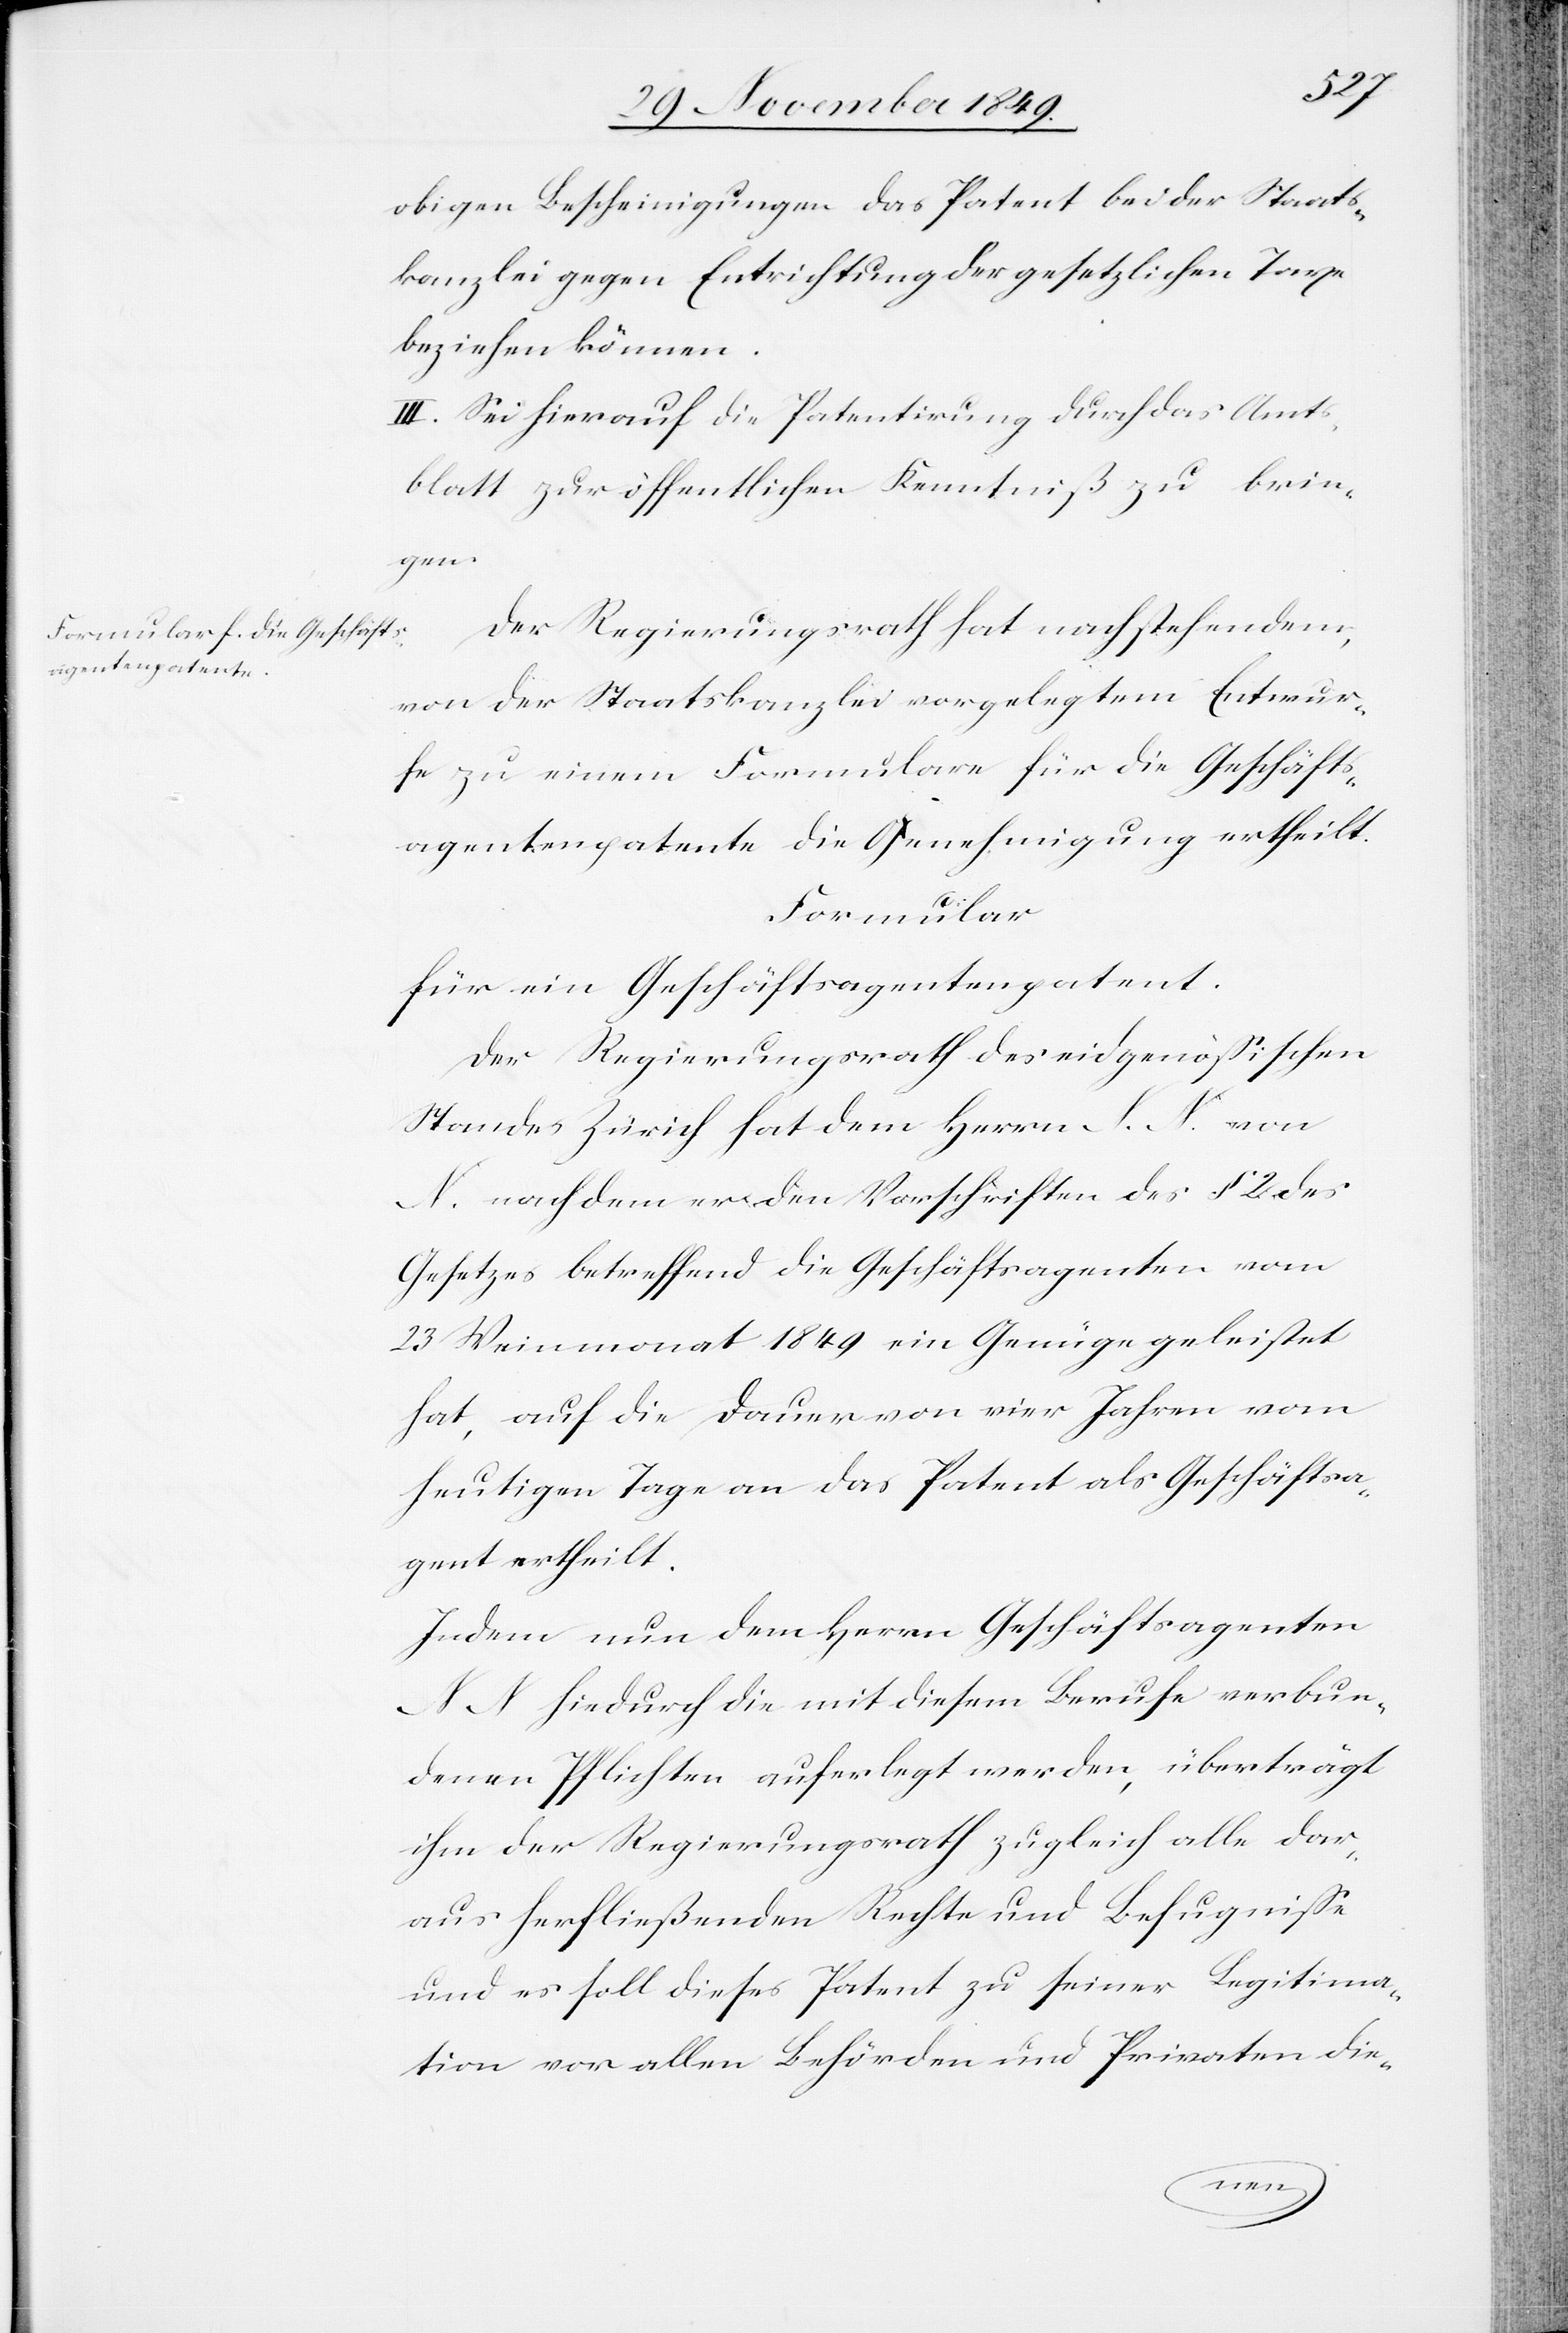
obigen Bescheinigungen das Patent bei der Staats¬
kanzlei gegen Entrichtung der gesetzlichen Taxe
beziehen können.
III. Sei hierauf die Patentirung durch das Amts¬
blatt zur öffentlichen Kenntniß zu brin¬
gen.
Der Regierungsrath hat nachstehendem,
von der Staatskanzlei vorgelegtem Entwur¬
fe zu einem Formulare für die Geschäfts¬
agentenpatente die Genehmigung ertheilt.
Formular
für ein Geschäftsagentenpatent.
Der Regierungsrath des eidgenößischen
Standes Zürich hat dem Herrn N. N. von
N. nachdem er den Vorschriften des § 2 des
Gesetzes betreffend die Geschäftsagenten vom
23 Weinmonat 1849 ein Genüge geleistet
hat, auf die Dauer von vier Jahren vom
heutigen Tage an das Patent als Geschäftsa¬
gent ertheilt.
Indem nun dem Herrn Geschäftsagenten
N N hiedurch die mit diesem Berufe verbun¬
denen Pflichten auferlegt werden, übertragt
ihm der Regierungsrath zugleich alle dar¬
aus herfließenden Rechte und Befugniße
und es soll dieses Patent zu seiner Legitima¬
tion vor allen Behörden und Privaten die-